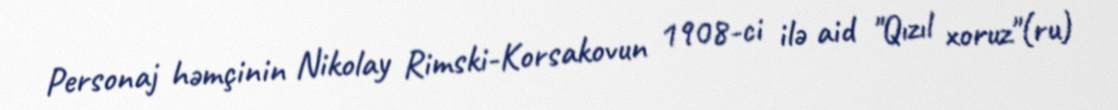
Personaj həmçinin Nikolay Rimski-Korsakovun 1908-ci ilə aid "Qızıl xoruz"(ru)